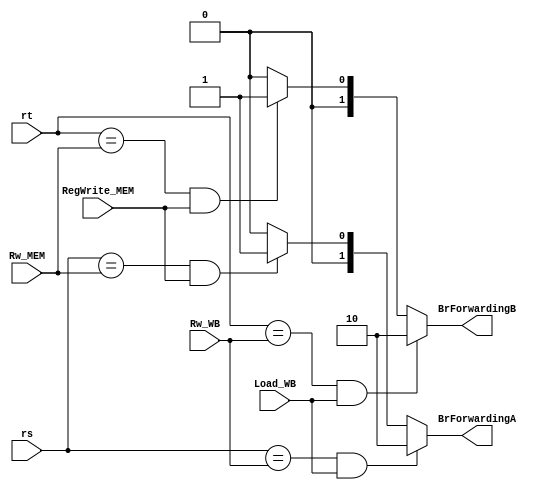
// This program was cloned from: https://github.com/TCL606/MipsPipeline
// License: MIT License

`timescale 1ns / 1ps
module BranchForwarding(
    input wire [4:0] rs,
    input wire [4:0] rt,
    input wire [4:0] Rw_MEM,
    input wire RegWrite_MEM,
    input wire Load_WB,
    input wire [4:0] Rw_WB,
    output wire [1:0] BrForwardingA,
    output wire [1:0] BrForwardingB
);

    assign BrForwardingA = rs == Rw_WB && Load_WB ? 2 : 
                           rs == Rw_MEM && RegWrite_MEM ? 1 : 0;
    assign BrForwardingB = rt == Rw_WB && Load_WB ? 2 : 
                           rt == Rw_MEM && RegWrite_MEM ? 1 : 0;

endmodule